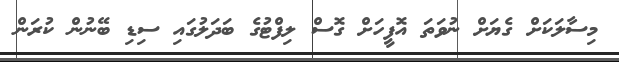
މިސާލަކަށް ގެޔަށް ނުވަތަ އޮފީހަށް ގޮސް ލިފްޓުގެ ބަދަލުގައި ސިޑި ބޭނުން ކުރަން